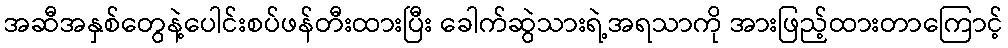
အဆီအနှစ်တွေနဲ့ပေါင်းစပ်ဖန်တီးထားပြီး ခေါက်ဆွဲသားရဲ့အရသာကို အားဖြည့်ထားတာကြောင့်